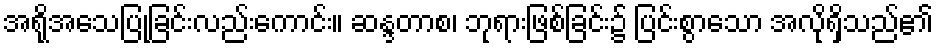
အရိုအသေပြုခြင်းလည်းကောင်း။ ဆန္ဒတာစ၊ ဘုရားဖြစ်ခြင်း၌ ပြင်းစွာသော အလိုရှိသည်၏